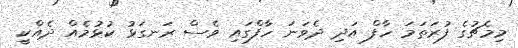
މިމެޗުގެ ފުރަތަމަ ހާފް އަދި ދެވަނަ ހާފްގައި ވެސް ރަނގަޅު ކުޅުމެއް ދެއްކީ